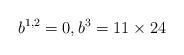
LaTeX: \begin{align*}b^{1,2}=0, b^{3}=11\times24\end{align*}